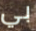
بي